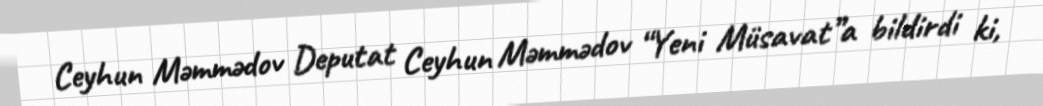
Ceyhun Məmmədov Deputat Ceyhun Məmmədov “Yeni Müsavat”a bildirdi ki,